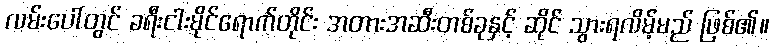
လမ်းပေါ်တွင် ခရီးငါးမိုင်ရောက်တိုင်း အတားအဆီးတစ်ခုနှင့် ဆိုင် သွားရလိမ့်မည် ဖြစ်၏။